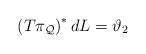
\begin{align*}\left( T\pi _{\mathcal{Q}}\right) ^{\ast }dL=\vartheta _{2}\end{align*}